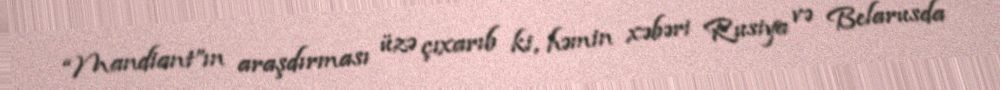
“Mandiant”ın araşdırması üzə çıxarıb ki, həmin xəbəri Rusiya və Belarusda